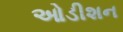
ઓડીશન